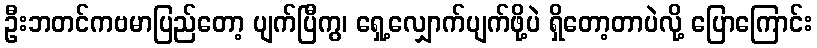
ဦးဘတင်ကဗမာပြည်တော့ ပျက်ပြီကွ၊ ရှေ့လျှောက်ပျက်ဖို့ပဲ ရှိတော့တာပဲလို့ ပြောကြောင်း